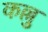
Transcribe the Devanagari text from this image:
कल्लु